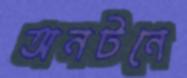
অনটনে